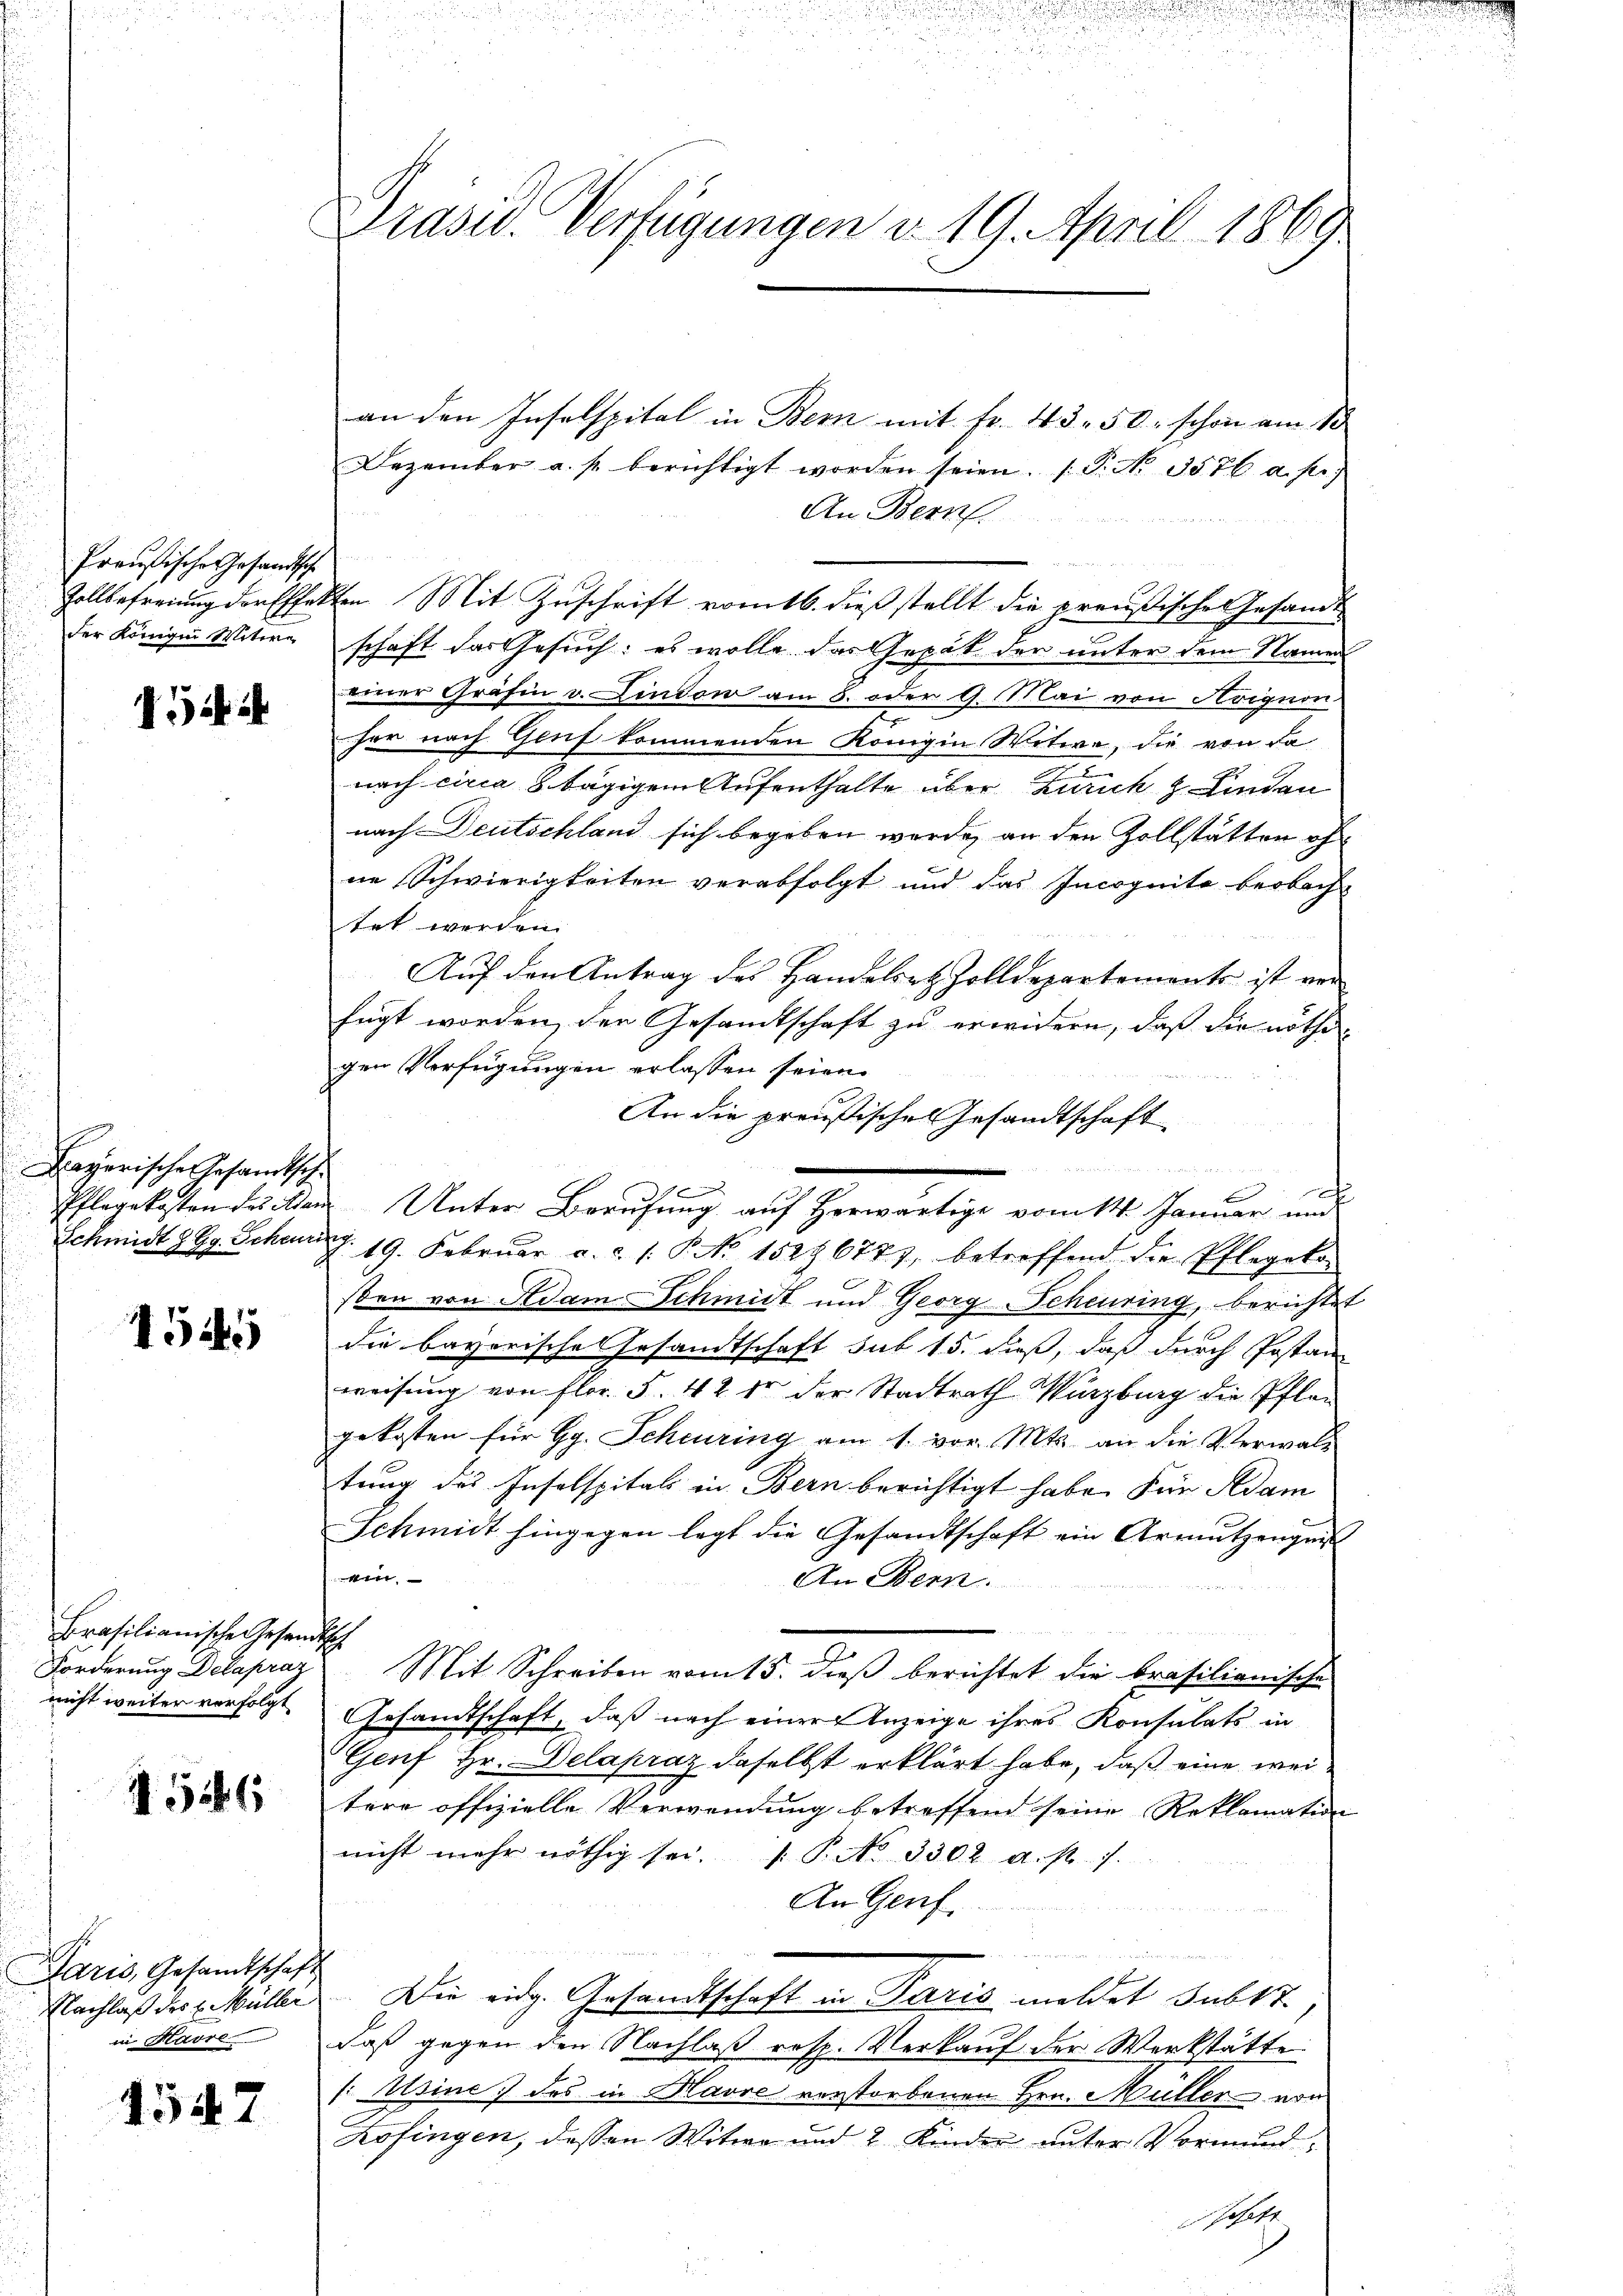
Preußische Gesandtsche
der Königin Witwe

Gi

ayerische Gesandtsch
Pflegekosten des Adam
Schmidt z. B. Scheu

1545

Brasilianische Gesang,
Forderung Delapraz
nicht weiter vorfolgt.

4546

Paris, Gesandtschaft
Nachlaß des E. Müller
in Havre

4547

Präsid. Verfügungen d. 19. April 1869.

an den Inselspital in Bern mit Fr. 43. 50. schon am So
Dezember a. p. berichtigt worden seien. (T. No. 3576 a. pr.
An Bern
Zollbefreiung der Effekten Mit Zuschrift vom 16. dieß stellt die preußische Gesandt
schaft das Gesuch: es wolle das Gepät der unter dem Namen
einer Gräfin v. Lindow am 8. oder 9. Mai von Avignon
her nach Genf kommenden Königin Witwe, die von da
4
nach circa 8 tägigem Aufenthalte über Zürich z. Kinden
nach Deutschland sich begeben wurde, an den Zollstätten of
ne Schwierigkeiten verabfolgt und das Incognita beobach-
tet werden.
Auf den Antrag des Handelsatz Zolldepartements ist ver
fügt worden, der Gesandtschaft zu erwidern, daß die nöthigen Verfügungen erlassen seien.
4
An die preußisches Gesandtschaft
1
Unter Berufung auf Herwärtige vom 14. Januar und
G. 19. Februar a. c. 1. P. No 152. 6777, betreffend die Pflegeko
sben von Adam Schmidt und Georg Scheuring, berichtet
die bayerische Gesandtschaft sub 15. dieß, daß durch Postan
weisung von Flor. S. 42 der der Stadtrath Würzburg die Pflan
gekosten für Gg. Scheuring am 1. vor. Mts. an die Verwaltung des Inselspitals in Bern berichtigt habe. Für Adam
Schmidt hingegen legt die Gesandtschaft ein Armutzeugnis
e
An Bern.
h
Mit Schreiben vom 15. Dieß berichtet die Brasilionische
Gesandtschaft, daß nach einer Anzeige ihres Konsulats in
Genf Hr. Delapraz daselbst erklärt habe, daß eine weitere offizielle Verwendung betreffend seine Reklamation
nicht mehr nöthig sei. P. No. 3302 a. p. 7.
An Genf.
Die eidg. Gesandtschaft in Paris mildet subst
daß gegen den Nachlaß resp. Verkauf der Werkstätte
1 sine des in Havre verstorbenen Hrn. Müller von
Zofingen, dessen Witwe und 2 Kinder unter Vormundschaft